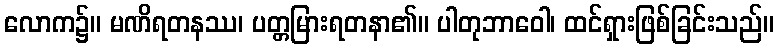
လောက၌။ မဏိရတနဿ၊ ပတ္တမြားရတနာ၏။ ပါတုဘာဝေါ၊ ထင်ရှားဖြစ်ခြင်းသည်။